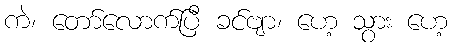
ကဲ၊ တော်လောက်ပြီ ခင်ဗျာ၊ ဟေ့ သွား ဟေ့